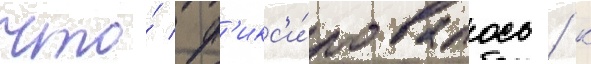
что́ ф'икс'и́ровалось / к